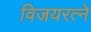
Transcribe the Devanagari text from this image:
विजयरत्ने